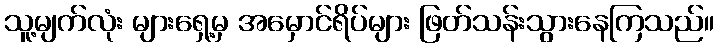
သူ့မျက်လုံး များရှေ့မှ အမှောင်ရိပ်များ ဖြတ်သန်းသွားနေကြသည်။